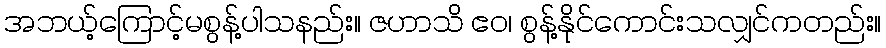
အဘယ့်ကြောင့်မစွန့်ပါသနည်း။ ဇဟာသိ ဧဝ၊ စွန့်နိုင်ကောင်းသလျှင်ကတည်း။